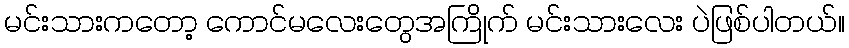
မင်းသားကတော့ ကောင်မလေးတွေအကြိုက် မင်းသားလေး ပဲဖြစ်ပါတယ်။